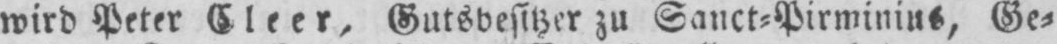
wird Peter Cleer, Gutsbesitzer zu Sanct⸗Pirminius, Ge⸗